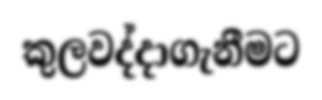
කුලවද්දාගැනීමට